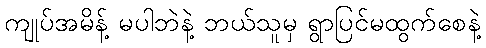
ကျုပ်အမိန့် မပါဘဲနဲ့ ဘယ်သူမှ ရွာပြင်မထွက်စေနဲ့